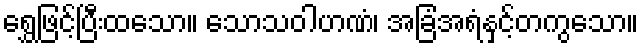
ရွှေဖြင့်ပြီးထသော။ သောသဝါဟဏံ၊ အခြံအရံနှင့်တကွသော။